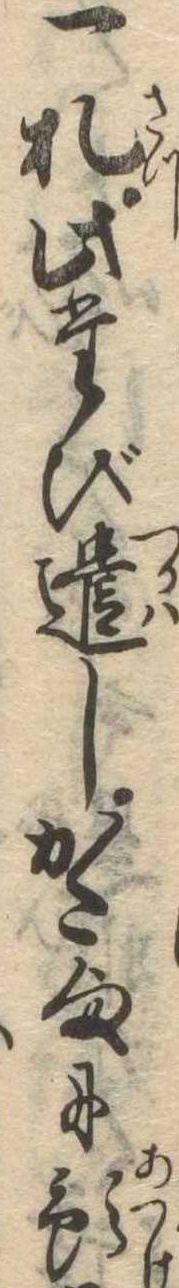
一札此たび遣しかた様に預